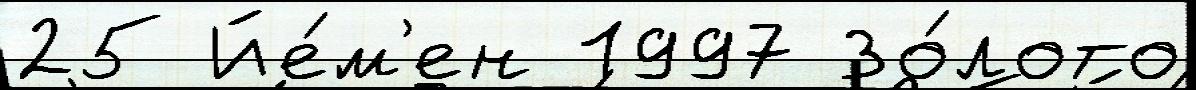
25 Йе́м'ен 1997 Зо́лото